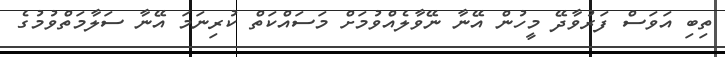
ތިބި އަވަސް ފަރުވާދޭ މީހުން އޭނާ ނޭވާލެއްވުމަށް މަސައްކަތް ކުރިނަމަ އޭނާ ސަލާމަތްވުމުގެ